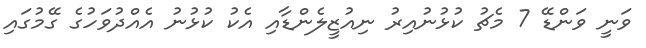
ވަނީ ވަންޑޭ 7 މެޗު ކުޅުނުއިރު ނިއުޒީލެންޑާއި އެކު ކުޅުނު އެއްދުވަހުގެ ގޭމުގައި